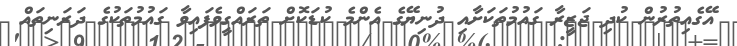
އޭގެއިތުރުން ކުދި ޖަޒީރާ ގައުމުތަކަށާއި ދުނިޔޭގެ އެންމެ ކުޑަކޮށް ތަރައްގީވެފައިވާ ގައުމުތަކުގެ ދަރަނިތައް